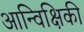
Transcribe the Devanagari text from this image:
आन्विक्षिकी